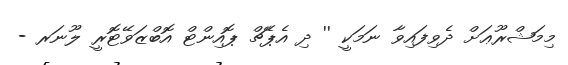
މިމަޝްރޫޢަށް ދެވިފައިވާ ނަމަކީ '' ދި އެޕޭޗް ޕޮއިންޓް އޮބްޒަވޭޓޮރީ ލޫނަރ -